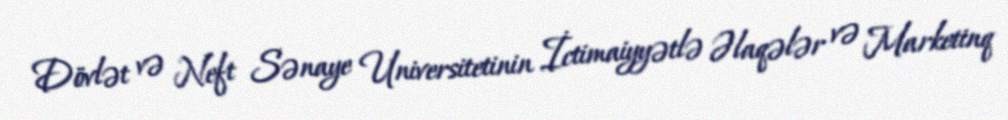
Dövlət və Neft Sənaye Universitetinin İctimaiyyətlə Əlaqələr və Marketinq